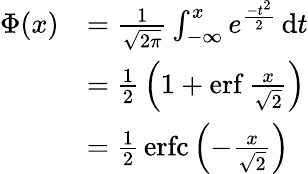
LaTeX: {\begin{array}{rl}{\Phi(x)}&{={\frac{1}{\sqrt{2\pi}}}\int_{-\infty}^{x}e^{\frac{-t^{2}}{2}}\, \mathrm{d}t}\\ &{={\frac{1}{2}}\left(1+\operatorname{erf}{\frac{x}{\sqrt{2}}}\right)}\\ &{={\frac{1}{2}}\operatorname{erfc}\left(-{\frac{x}{\sqrt{2}}}\right)}\end{array}}